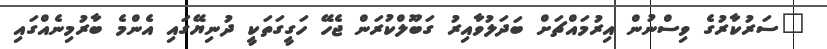
"ސަރުކާރުގެ ވިސްނުން އިރުމައްޗަށް ބަދަލުވާއިރު ގަބޫލްކުރަން ޖެހޭ ހަގީގަތަކީ ދުނިޔޭގައި އެންމެ ބާރުމިނެއްގައި